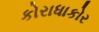
કોરાધાકોર